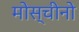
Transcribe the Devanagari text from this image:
मोस्चीनो